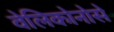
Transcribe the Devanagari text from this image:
वेलिकोनोसे